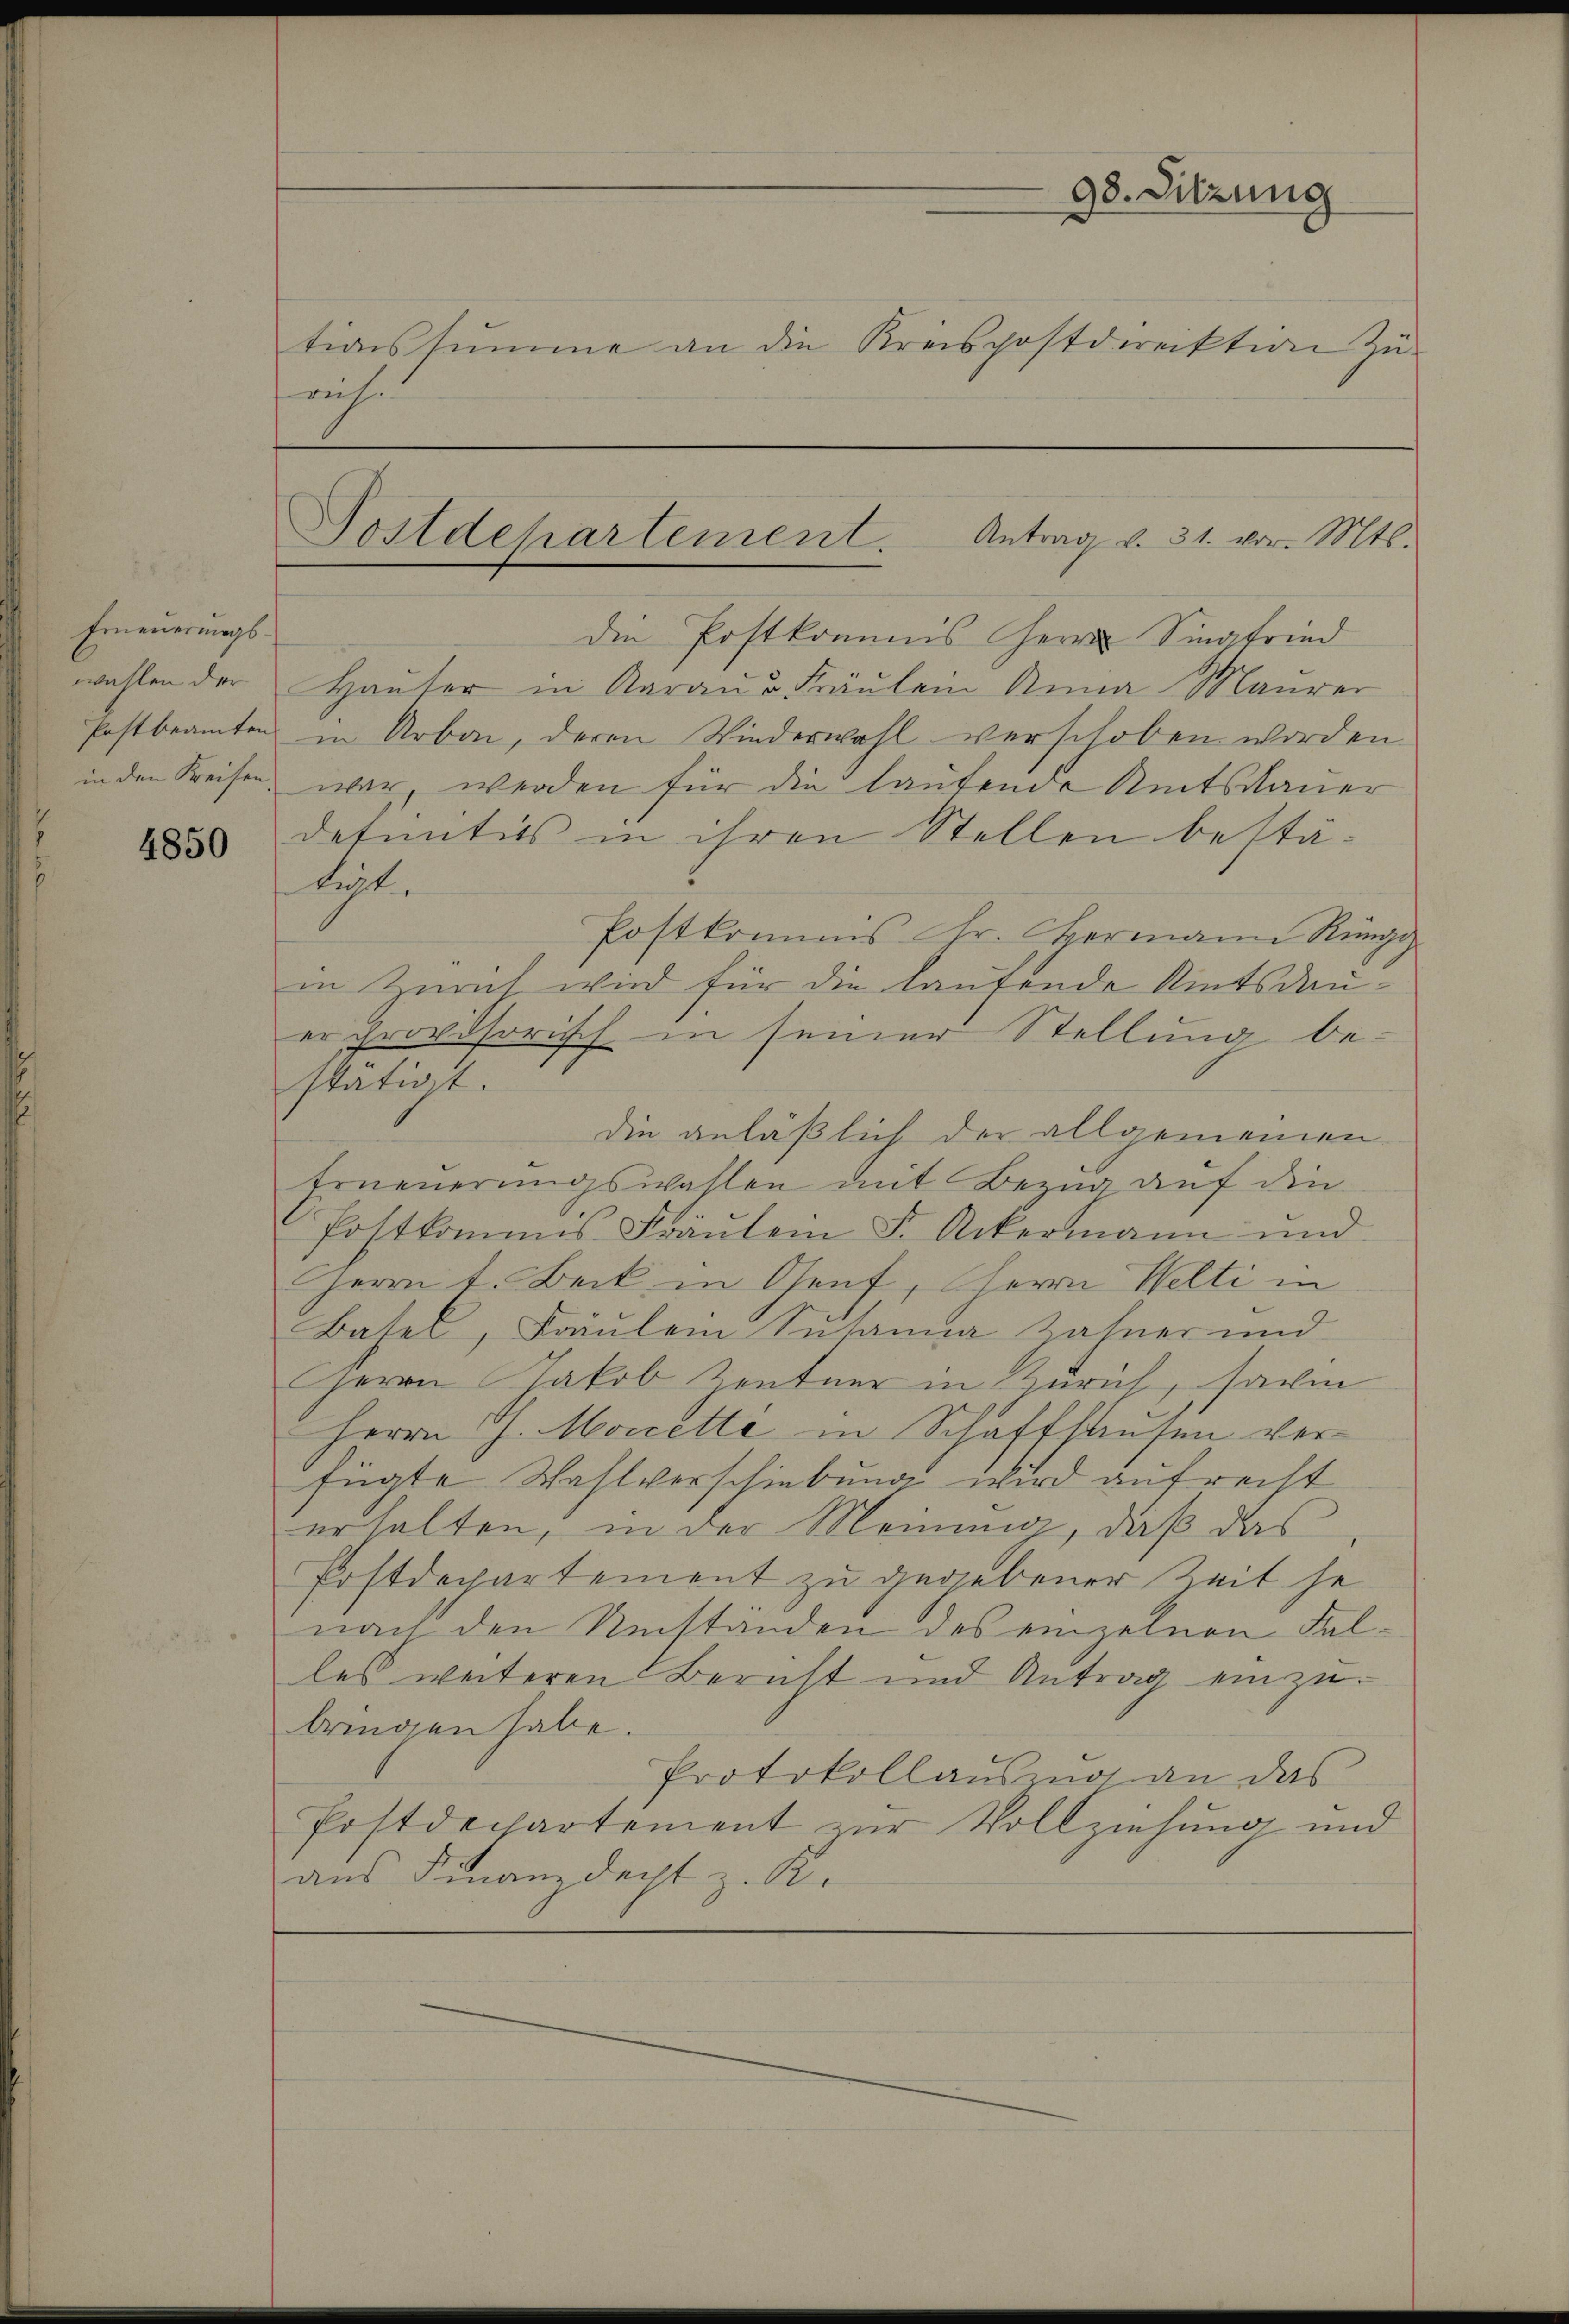
Erneuerungs¬
Postbeamten

4850

ruh

die Postkommis Herrn Singfried
wahlen der Haŭter in Aaraṅ u Fräŭlein Ninia Maŭrer
in Arbei, deren Wiederwahl verschoben worden.
in den Kreisen, war, werden für die lautende Amtsdauer
definitivs in ihren Stellen bestätigt.
Postkommis Hr. Hermann Rüegg
in Zürich wird für die laufende Amtsdauer Provisorisch in seiner Stellung be-
stätigt.
die anläßlich der allgemeinen
Erneuerungswahlen mit Bezug auf die
Postkommis Fräŭlein S. Ackermann und
Herrn t. Beck in Genf, Herrn Welti in
Basel, Fräulein Susania Zahner und
Herrn Jakob Zentner in Zürich, sani
Herrn J. Moccette in Schaffhausen ver-
fügte Wahlverschiebung wird aufrecht
erhalten, in der Meinung, daß das
Postdepartement zu gegebener Zeit se
nach den Umständen des einzelnen Faldes weiteren Bericht und Antrag einzubringen habe.
Protokollauszug an das
Postdechartement zur Vollziehung und
aus Finanzdecht z. R.

Postdepartement. Antrag v. 31. vor. Mts.

98. Sitzung
tionssumme an die Kreispostdirektion zŭ